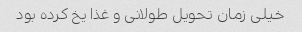
خیلی زمان تحویل طولانی و غذا یخ کرده بود